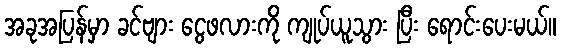
အခုအပြန်မှာ ခင်ဗျား ငွေဖလားကို ကျုပ်ယူသွား ပြီး ရောင်းပေးမယ်။